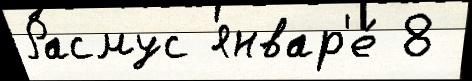
Расмус январ'е́ 8